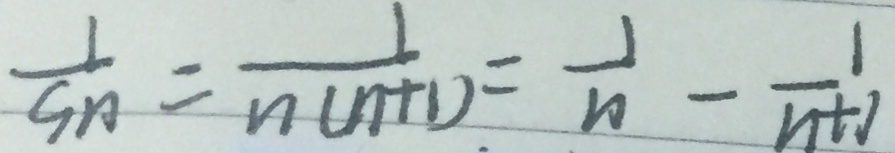
\frac { 1 } { s n } = \frac { 1 } { n ( n + 1 ) } = \frac { 1 } { n } - \frac { 1 } { n + 1 }